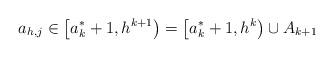
LaTeX: \begin{align*}a_{h,j} \in \left[ a_k^*+1,h^{k+1} \right) = \left[ a_k^*+1, h^k \right) \cup A_{k+1}\end{align*}